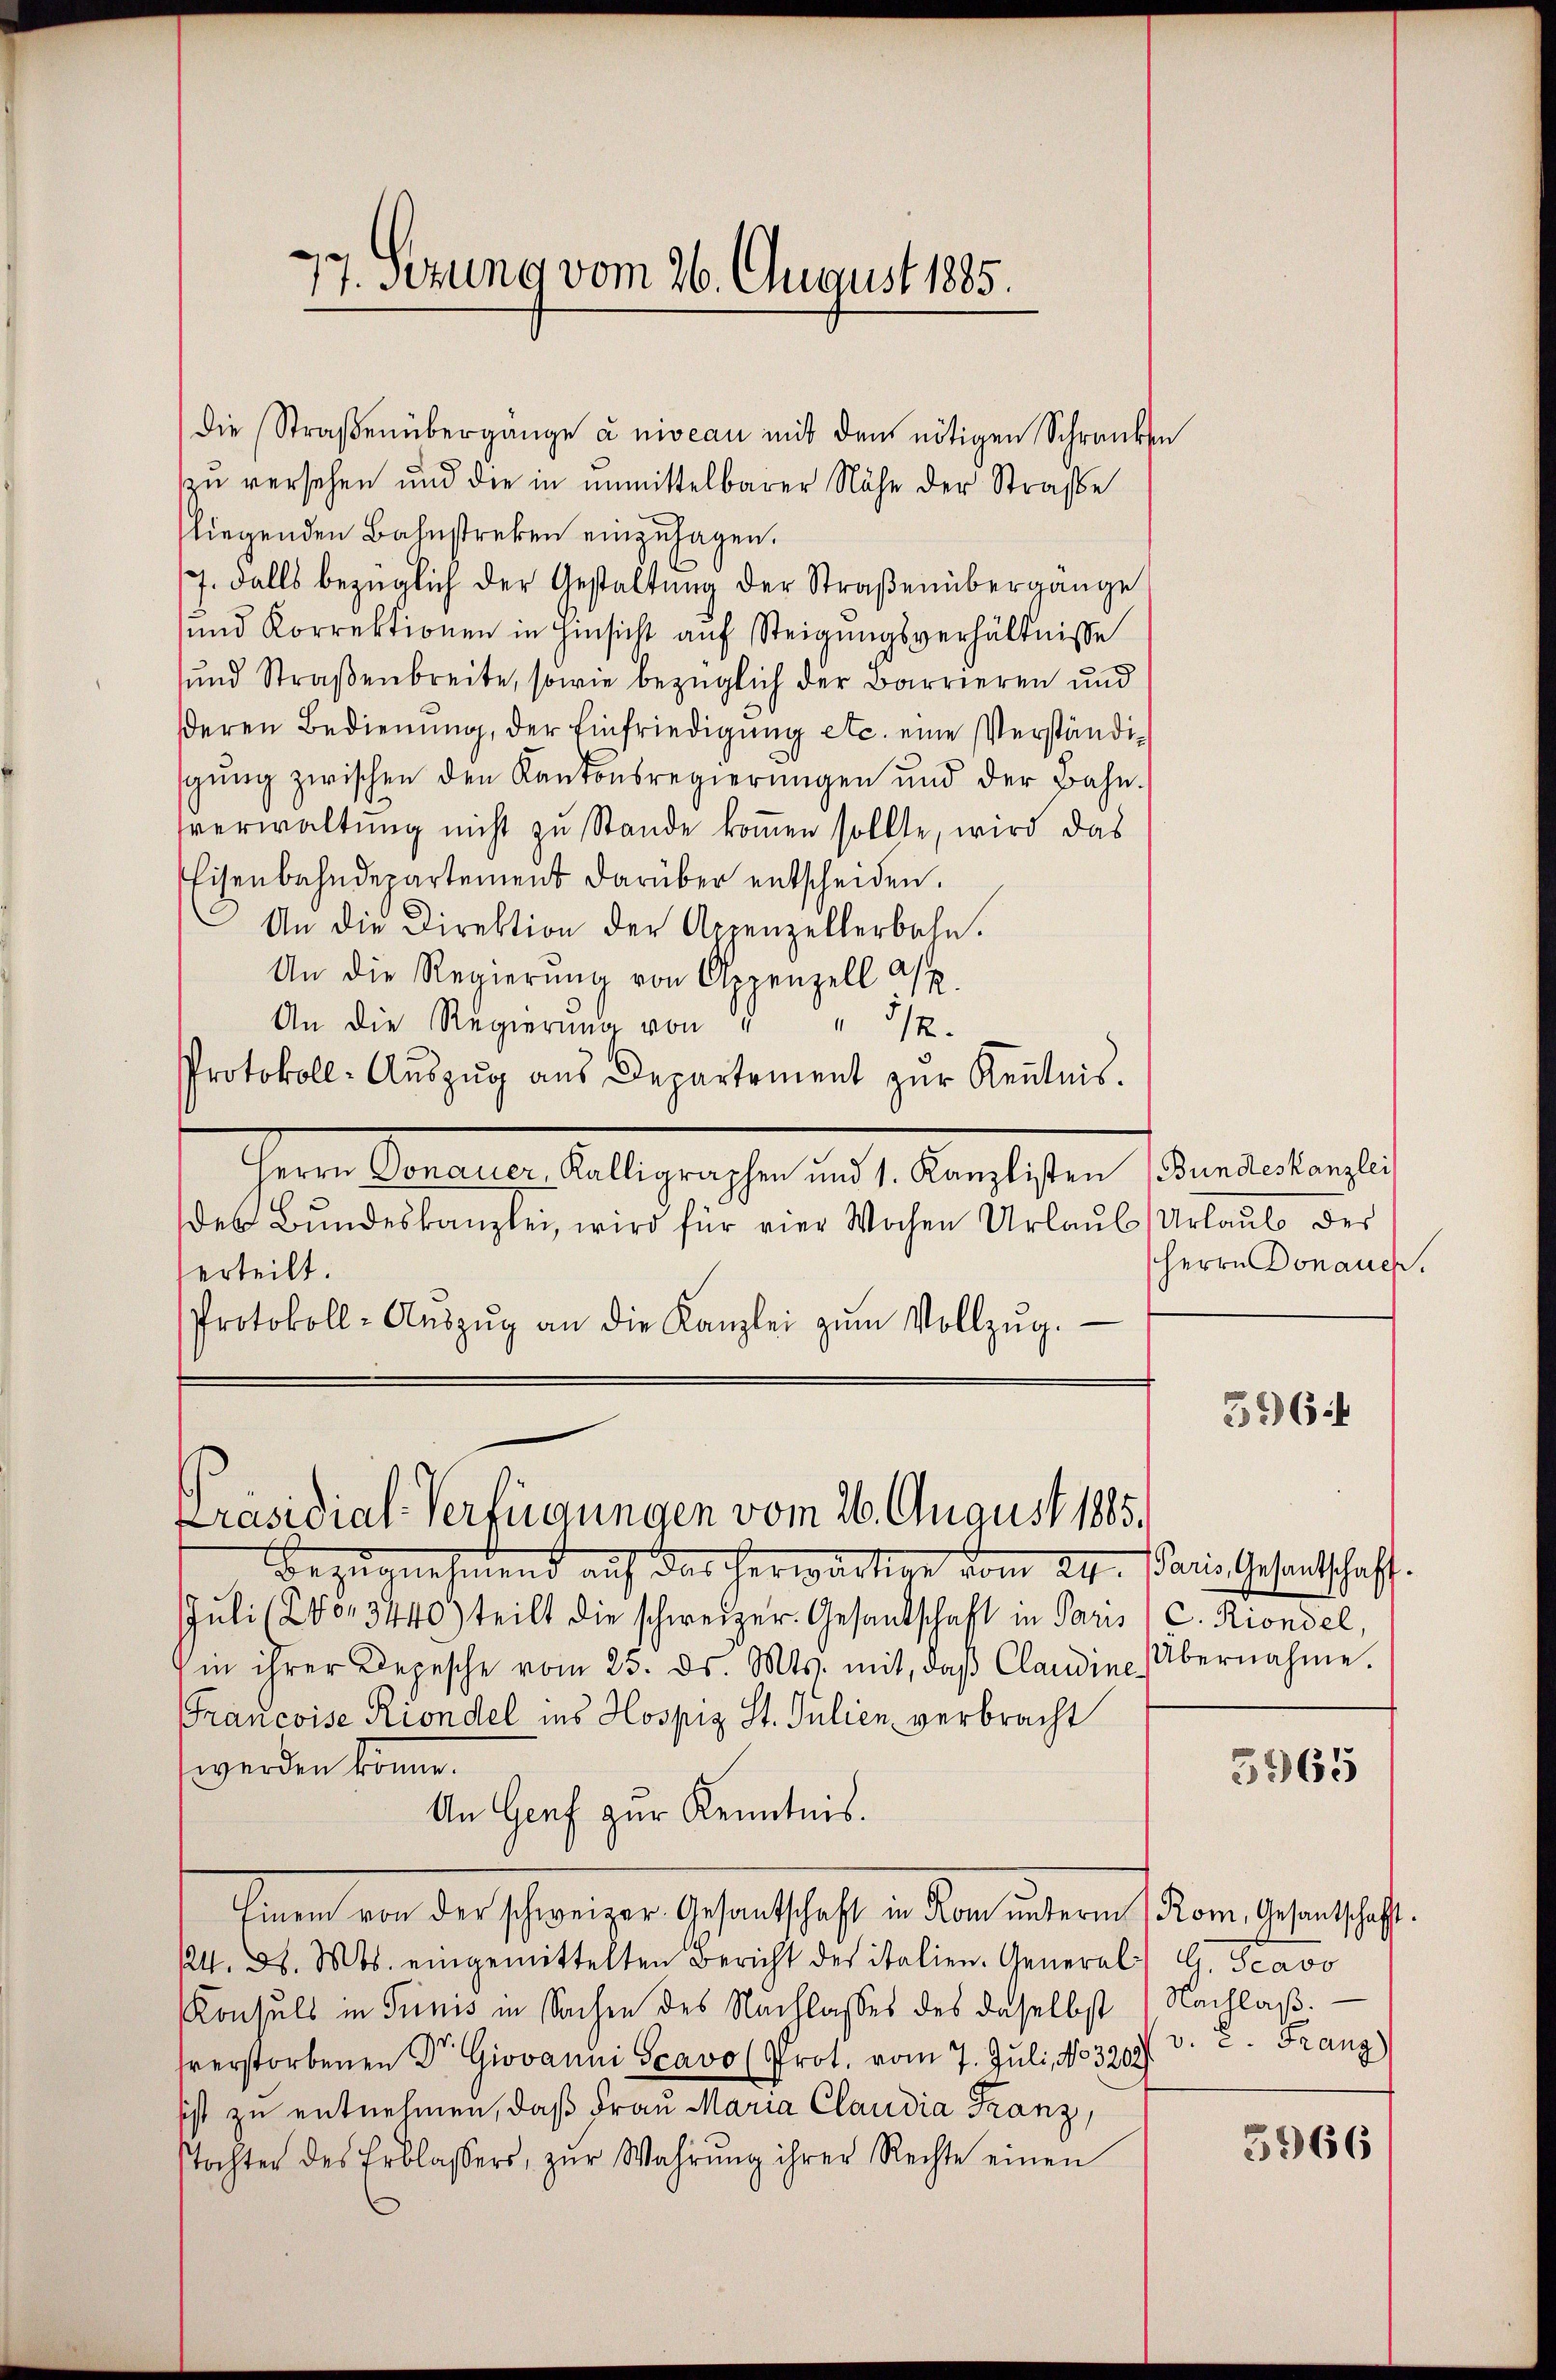
7. sezung vom 26. August 1885.

die Straßenübergänge à niveau mit dem nötigen Schranken
zu versehen und die in unmittelbarer Nähe der Straße
liegenden Bahnstreken einzusagen.
/7. Falls bezüglich der Gestaltung der Straßenübergänge
sund Korrektionen in Hinsicht auf Steigungsverhältnisse
und Straßenbreite, sowie bezüglich der Barrieren und
deren Bedienung, der Einfriedigung etc. eine Verständisgŭng zwischen den Kantonsregierungen und der Bahn-
sverwaltung nicht zu Stande kommen sollte, wird das
Eisenbahndepartement darüber entscheiden.
An die Direktion der Appenzellerbahn.
An die Regierŭng von Appenzell A.
An die Regierŭng von " " 512.
Protokoll-Aŭszŭg aŭs Departement zŭr Kenntnis.
Herrn Donauer, Kalligraphen und 1. Kanzlisten (Bundeskanzlei
des Bundeskanzlei, wird für vier Wochen Urlaub Urlaub des
erteilt.
Protokoll-Aŭszŭg an die Kanzlei zŭm Vollzŭg.

Präsidial-Verfügungen vom 26. August 1885.

Herrn Donauen.

d auf das erwarte vom 24. Janis Gesandtschaft.
Juli 20.        die schweizer Gesandschaft in Paris, C. Riondel,
in ihrer Depesche vom 25. ds. Mts. mit, daß Claudine
Francoise Riondel ins Hospiz St. Julien verbracht
werden könne.
An Genf zur Kenntnis.
Einem von der schweizer Gesantschaft in Rom unterm Rom, Gesandtschafft.
124. d. Mts. eingemittelten Bericht des italien. General Savo
Konsuls in Trinis in Sachen des Nachlasses des daselbst Nachlaßsverstorbenen Dr. Giovanni Scavo (Prot. vom 7. Juli, No 329 v. 2. Franz
ist zu entnehmen, daß Frau Maria Claudia Franz,
stochter des Erblassers, zŭr Wahrŭng ihrer Rechte einen

5964

Übernahme.

5965

5966